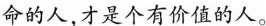
命的人,才是个有价值的人。